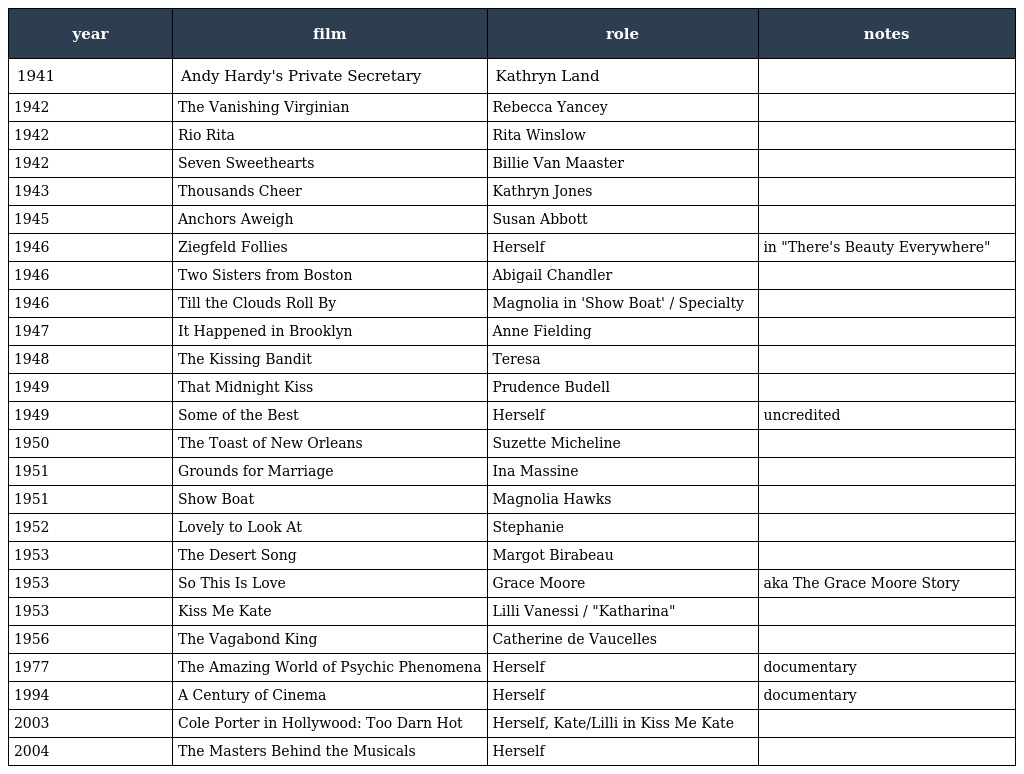
| year | film | role | notes |
 | --- | --- | --- | --- |
 | 1941 | Andy Hardy's Private Secretary | Kathryn Land |  |
 | 1942 | The Vanishing Virginian | Rebecca Yancey |  |
 | 1942 | Rio Rita | Rita Winslow |  |
 | 1942 | Seven Sweethearts | Billie Van Maaster |  |
 | 1943 | Thousands Cheer | Kathryn Jones |  |
 | 1945 | Anchors Aweigh | Susan Abbott |  |
 | 1946 | Ziegfeld Follies | Herself | in "There's Beauty Everywhere" |
 | 1946 | Two Sisters from Boston | Abigail Chandler |  |
 | 1946 | Till the Clouds Roll By | Magnolia in 'Show Boat' / Specialty |  |
 | 1947 | It Happened in Brooklyn | Anne Fielding |  |
 | 1948 | The Kissing Bandit | Teresa |  |
 | 1949 | That Midnight Kiss | Prudence Budell |  |
 | 1949 | Some of the Best | Herself | uncredited |
 | 1950 | The Toast of New Orleans | Suzette Micheline |  |
 | 1951 | Grounds for Marriage | Ina Massine |  |
 | 1951 | Show Boat | Magnolia Hawks |  |
 | 1952 | Lovely to Look At | Stephanie |  |
 | 1953 | The Desert Song | Margot Birabeau |  |
 | 1953 | So This Is Love | Grace Moore | aka The Grace Moore Story |
 | 1953 | Kiss Me Kate | Lilli Vanessi / "Katharina" |  |
 | 1956 | The Vagabond King | Catherine de Vaucelles |  |
 | 1977 | The Amazing World of Psychic Phenomena | Herself | documentary |
 | 1994 | A Century of Cinema | Herself | documentary |
 | 2003 | Cole Porter in Hollywood: Too Darn Hot | Herself, Kate/Lilli in Kiss Me Kate |  |
 | 2004 | The Masters Behind the Musicals | Herself |  |